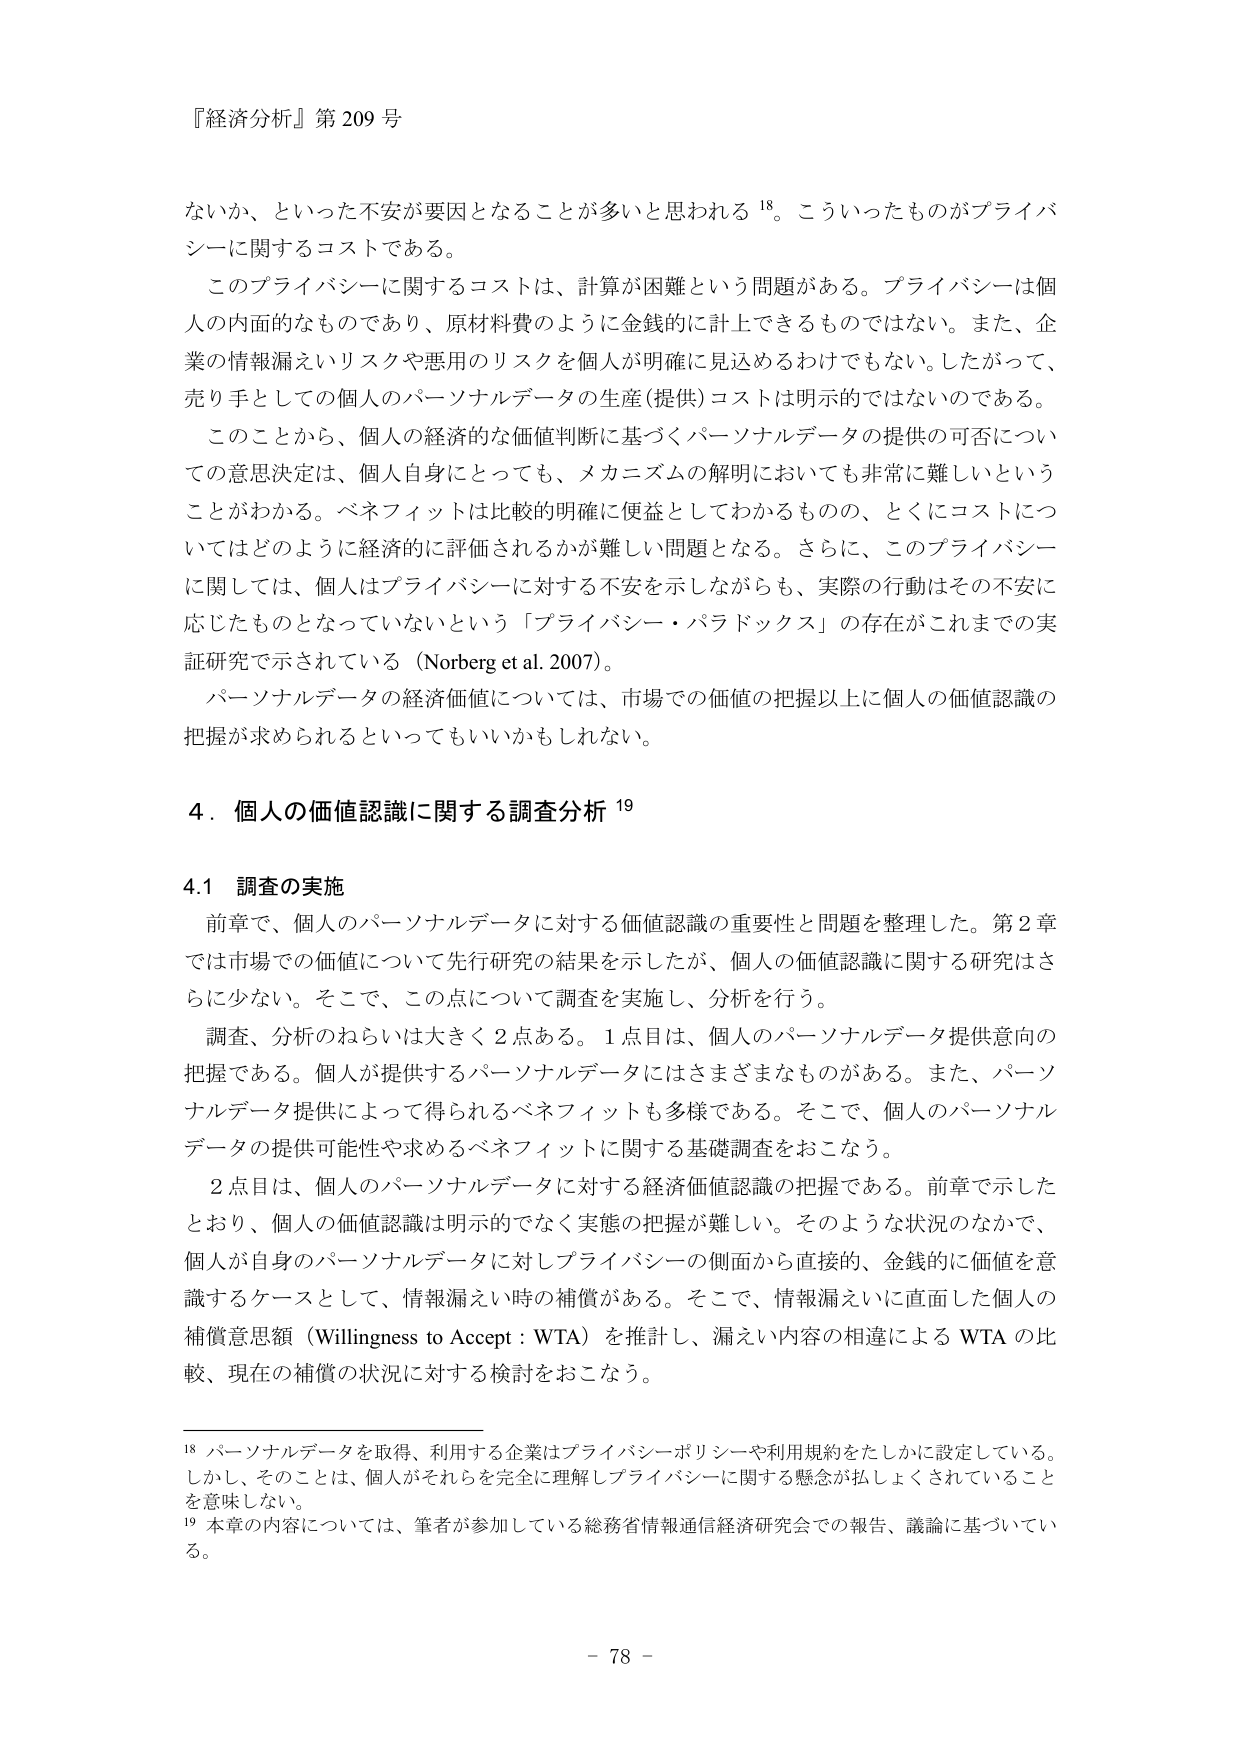
『経済分析』第209号

ないか、といった不安が要因となることが多いと思われる¹⁸。こういったものがプライバシーに関するコストである。

このプライバシーに関するコストは、計算が困難という問題がある。プライバシーは個人の内面的なものであり、原材料費のように金銭的に計上できるものではない。また、企業の情報漏えいリスクや悪用のリスクを個人が明確に見込めるわけでもない。したがって、売り手としての個人のパーソナルデータの生産（提供）コストは明示的ではないのである。

このことから、個人の経済的な価値判断に基づくパーソナルデータの提供の可否についての意思決定は、個人自身にとっても、メカニズムの解明においても非常に難しいということがわかる。ベネフィットは比較的明確に便益としてわかるものの、とくにコストについてはどのように経済的に評価されるかが難しい問題となる。さらに、このプライバシーに関しては、個人はプライバシーに対する不安を示しながらも、実際の行動はその不安に応じたものとなっていないという「プライバシー・パラドックス」の存在がこれまでの実証研究で示されている（Norberg et al. 2007）。

パーソナルデータの経済価値については、市場での価値の把握以上に個人の価値認識の把握が求められるといってもいいかもしれない。

4．個人の価値認識に関する調査分析¹⁹

4.1 調査の実施

前章で、個人のパーソナルデータに対する価値認識の重要性と問題を整理した。第2章では市場での価値について先行研究の結果を示したが、個人の価値認識に関する研究はさらに少ない。そこで、この点について調査を実施し、分析を行う。

調査、分析のねらいは大きく2点ある。1点目は、個人のパーソナルデータ提供意向の把握である。個人が提供するパーソナルデータにはさまざまなものがある。また、パーソナルデータ提供によって得られるベネフィットも多様である。そこで、個人のパーソナルデータの提供可能性や求めるベネフィットに関する基礎調査をおこなう。

2点目は、個人のパーソナルデータに対する経済価値認識の把握である。前章で示したとおり、個人の価値認識は明示的でなく実態の把握が難しい。そのような状況のなかで、個人が自身のパーソナルデータに対しプライバシーの側面から直接的、金銭的に価値を意識するケースとして、情報漏えい時の補償がある。そこで、情報漏えいに直面した個人の補償意思額（Willingness to Accept：WTA）を推計し、漏えい内容の相違によるWTAの比較、現在の補償の状況に対する検討をおこなう。

¹⁸ パーソナルデータを取得、利用する企業はプライバシーポリシーや利用規約をたしかに設定している。しかし、そのことは、個人がそれらを完全に理解しプライバシーに関する懸念が払しょくされていることを意味しない。

¹⁹ 本章の内容については、筆者が参加している総務省情報通信経済研究会での報告、議論に基づいている。

- 78 -